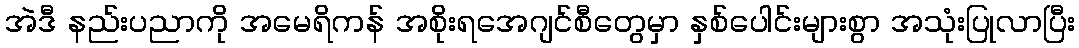
အဲဒီ နည်းပညာကို အမေရိကန် အစိုးရအေဂျင်စီတွေမှာ နှစ်ပေါင်းများစွာ အသုံးပြုလာပြီး